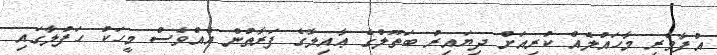
އުފާވެރި މާހައުލެއް ކުރިއަށް ދިޔައިރު ބަތޫލްގެ ޢާއިލާގެ ފަރާތުން އެއްވެސް މީހަކު ހަފުލާގައި